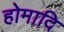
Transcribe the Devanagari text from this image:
होमादि